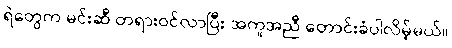
ရဲတွေက မင်းဆီ တရားဝင်လာပြီး အကူအညီ တောင်းခံပါလိမ့်မယ်။